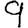
Digit: 9